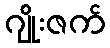
ဂျိုးဇက်